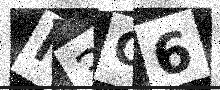
Text: N3O6